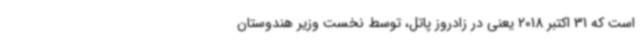
است که 31 اکتبر 2018 یعنی در زادروز پاتل، توسط نخست وزیر هندوستان